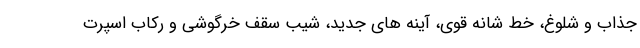
جذاب و شلوغ، خط شانه قوی، آینه های جدید، شیب سقف خرگوشی و رکاب اسپرت